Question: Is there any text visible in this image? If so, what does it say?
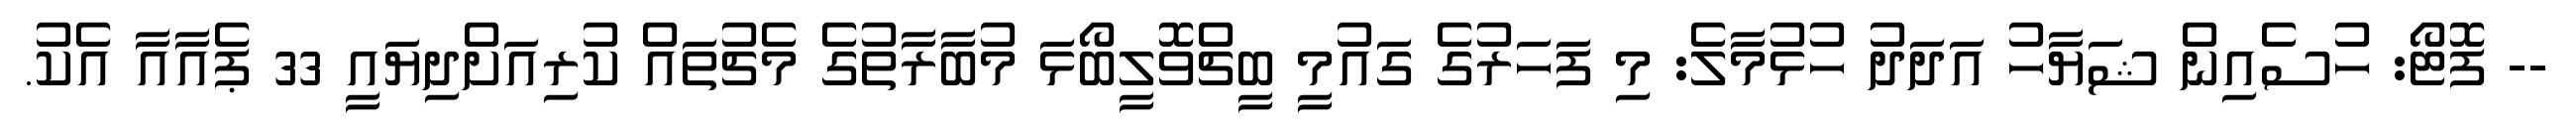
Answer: -- ފޮޓޯ: ހުސެއިން ޝަޔާހު އަދަދު ހުޅުމާލެ: މި ފަހަރުގެ ގައުމީ ބީޗްވޮލީބޯޅަ މުބާރާތުގެ މެޗުތައް ކުރިއަށްދިޔައީ 33 ޕެއާއާ އެކު.